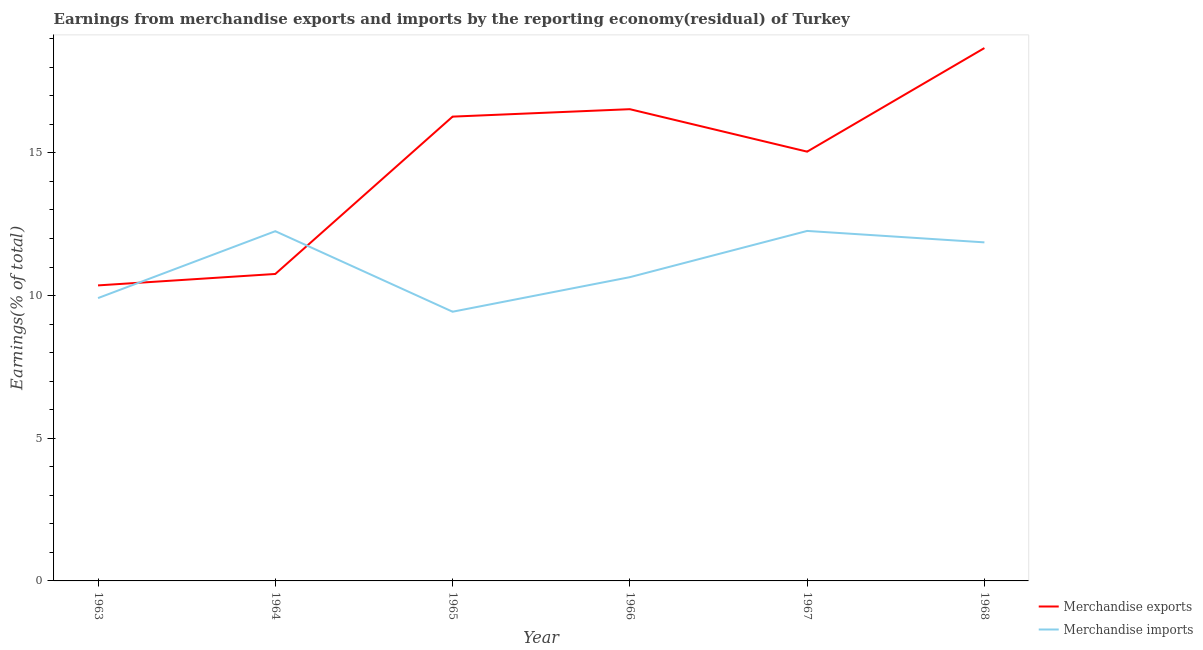
| Year | Merchandise exports | Merchandise imports |
 | --- | --- | --- |
 | 1963 | 10.4 | 9.91 |
 | 1964 | 10.8 | 12.3 |
 | 1965 | 16.3 | 9.43 |
 | 1966 | 16.5 | 10.6 |
 | 1967 | 15 | 12.3 |
 | 1968 | 18.7 | 11.9 |